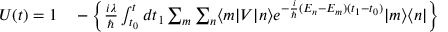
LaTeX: \begin{array} { r l } { U ( t ) = 1 } & { { } - \left\{ { \frac { i \lambda } { \hbar } } \int _ { t _ { 0 } } ^ { t } d t _ { 1 } \sum _ { m } \sum _ { n } \langle m | V | n \rangle e ^ { - { \frac { i } { \hbar } } ( E _ { n } - E _ { m } ) ( t _ { 1 } - t _ { 0 } ) } | m \rangle \langle n | \right\} } \end{array}